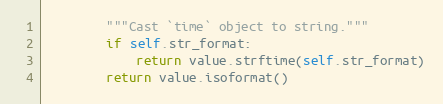
Language: Python
        """Cast `time` object to string."""
        if self.str_format:
            return value.strftime(self.str_format)
        return value.isoformat()